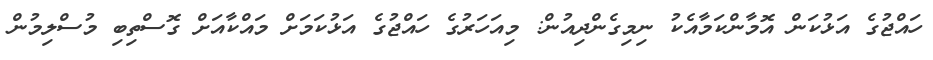
ހައްޖުގެ އަޅުކަން އޮމާންކަމާއެކު ނިމިގެންދިއުން: މިއަހަރުގެ ހައްޖުގެ އަޅުކަމަށް މައްކާއަށް ގޮސްތިބި މުސްލިމުން